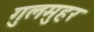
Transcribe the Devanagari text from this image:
गुलमुहर